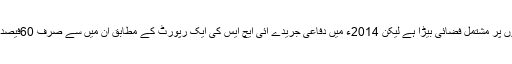
بھارت کے پاس دو ہزار طیاروں پر مشتمل فضائی بیڑا ہے لیکن 2014ء میں دفاعی جریدے آئی ایچ ایس کی ایک رپورٹ کے مطابق ان میں سے صرف 60فیصد طیارے ہی اڑان کے قابل ہیں ۔